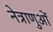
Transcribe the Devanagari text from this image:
नेत्राणुओं